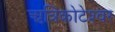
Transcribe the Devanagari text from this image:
ऋत्रिकोटेश्‍वर